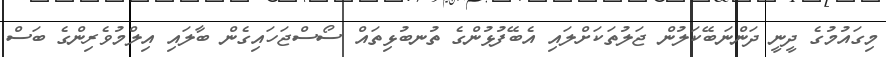
މިގައުމުގެ ދީނީ ދަންނަބޭކަލުން ޖަލުތަކަށްލައި އެބޭފުޅުންގެ ތުނބުޅިތައް ސޯސްޖަހައިގެން ބާލައި އިލްމުވެރިންގެ ބަސް